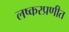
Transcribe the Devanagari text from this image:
लष्करप्रणीत